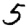
Digit: 5